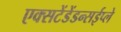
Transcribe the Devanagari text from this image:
एक्सटेंडेंडन्सईप्ले